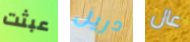
عبثت دريل عال